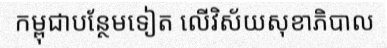
កម្ពុជាបន្ថែមទៀត លើវិស័យសុខាភិបាល